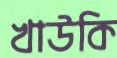
খাউকি